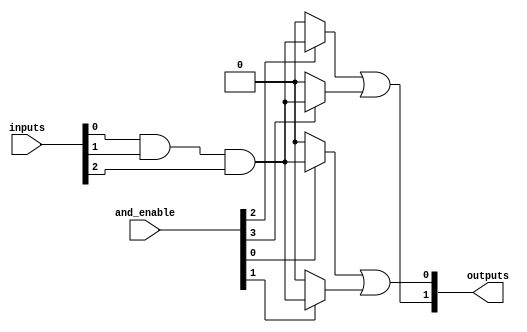
module SPAL #(
    parameter NUM_INPUTS = 8,   // Number of inputs
    parameter NUM_AND_GATES = 4, // Number of AND gates
    parameter NUM_OR_GATES = 2    // Number of OR gates
)(
    input  [NUM_INPUTS-1:0] inputs, // Input signals
    input  [NUM_AND_GATES-1:0] and_enable, // Control signals to enable AND gates
    output [NUM_OR_GATES-1:0] outputs // Output signals
);

// Declare internal wires for AND gate outputs
wire [NUM_AND_GATES-1:0] and_outputs;

// Programmable AND Array
genvar i, j;
generate
    for (i = 0; i < NUM_AND_GATES; i = i + 1) begin : and_array
        // Each AND gate can take a subset of inputs based on the enable signals
        assign and_outputs[i] = (and_enable[i]) ? 
            (inputs[0] & inputs[1] & inputs[2]) : 1'b0; // Example: AND of inputs 0, 1, 2
    end
endgenerate

// Fixed OR Array
assign outputs[0] = and_outputs[0] | and_outputs[1]; // OR gate 1
assign outputs[1] = and_outputs[2] | and_outputs[3]; // OR gate 2

endmodule